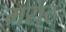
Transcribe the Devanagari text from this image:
मराठ